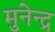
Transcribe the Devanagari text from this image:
मुनेन्द्र